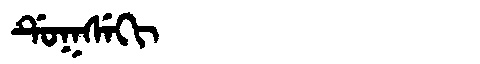
Manchu: ᡩᡠᡴᠰᡝᡴᡳ
Romanization: DUKSEKI